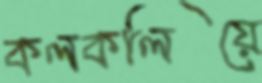
কলকলিয়ে